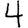
Digit: 4